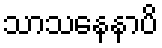
သာသနေနာပိ